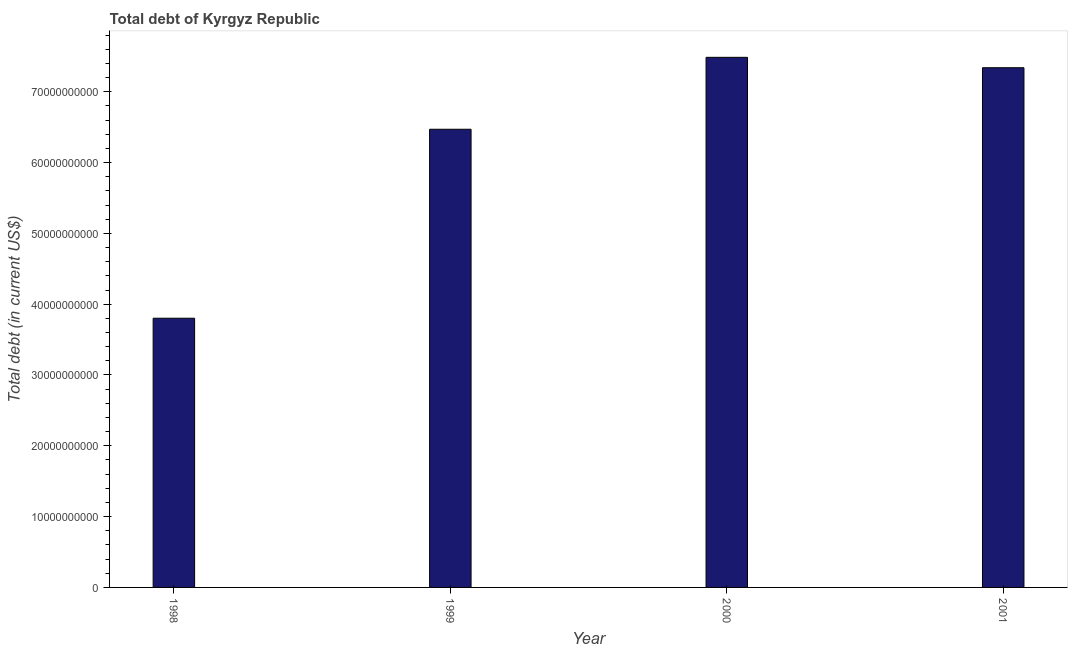
| Year | Central government debt |
 | --- | --- |
 | 1998 | 3.8e+10 |
 | 1999 | 6.47e+10 |
 | 2000 | 7.49e+10 |
 | 2001 | 7.34e+10 |